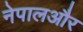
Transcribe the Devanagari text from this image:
नेपालऔर